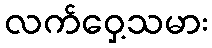
လက်ဝှေ့သမား